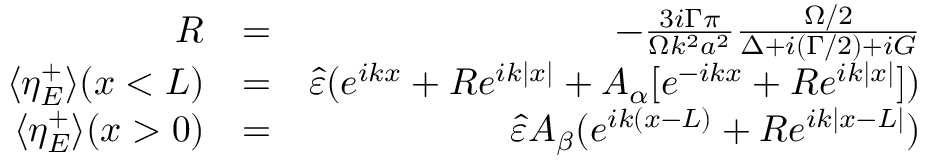
\begin{array} { r l r } { { \cal R } } & { = } & { - \frac { 3 i \Gamma \pi } { \Omega k ^ { 2 } a ^ { 2 } } \frac { \Omega / 2 } { \Delta + i ( \Gamma / 2 ) + i { \cal G } } } \\ { \langle \eta _ { E } ^ { + } \rangle ( x < L ) } & { = } & { \hat { \varepsilon } ( e ^ { i k x } + { \cal R } e ^ { i k | x | } + A _ { \alpha } [ e ^ { - i k x } + { \cal R } e ^ { i k | x | } ] ) } \\ { \langle \eta _ { E } ^ { + } \rangle ( x > 0 ) } & { = } & { \hat { \varepsilon } A _ { \beta } ( e ^ { i k ( x - L ) } + { \cal R } e ^ { i k | x - L | } ) } \end{array}